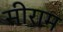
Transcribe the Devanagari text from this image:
सीराम